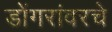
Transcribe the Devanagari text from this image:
डोंगरांवरचे